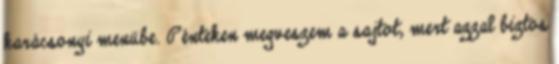
karácsonyi menübe. Pénteken megveszem a sajtot, mert azzal biztos